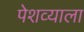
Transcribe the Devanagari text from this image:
पेशव्याला